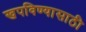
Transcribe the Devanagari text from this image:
खपविण्यासाठी